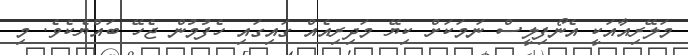
މަލޭރިއާއަކީ އެނޯފިލީސް ނަމަކަށް ކިޔޭ މަދިރިއެއް ގައިގައި ހެފުމުން ޖެހޭ ބައްޔެކެވެ. މި